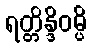
ရတ္တိန္ဒိဝမ္ပိ